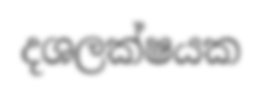
දශලක්ෂයක